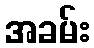
အခမ်း